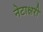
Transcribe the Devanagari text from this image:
नेटाक्षरी